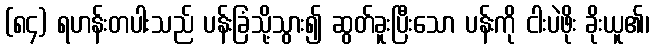
(၈၄) ရဟန်းတပါးသည် ပန်းခြံသို့သွား၍ ဆွတ်ခူးပြီးသော ပန်းကို ငါးပဲဖိုး ခိုးယူ၏၊